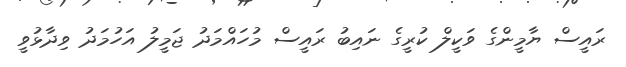
ރައީސް ޔާމީންގެ ވަކީލް ކުރީގެ ނައިބު ރައީސް މުހައްމަދު ޖަމީލު އަހުމަދު ވިދާޅުވީ